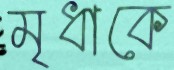
মৃধাকে